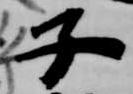
子